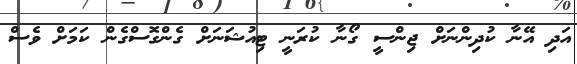
އަދި އޭނާ ކުދިންނަށް ޖިންސީ ގޯނާ ކުރަނީ ޓިއުޝަނަށް ގެންގޮސްގެން ކަމަށް ވެސް